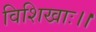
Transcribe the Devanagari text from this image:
विशिखाः।।